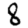
Digit: 8